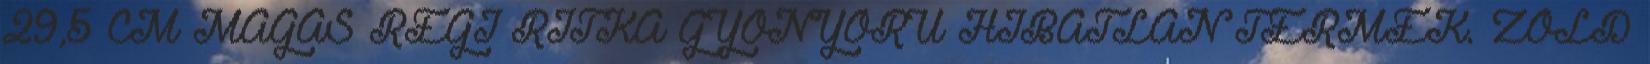
29,5 CM MAGAS RÉGI RITKA GYÖNYÖRÜ HIBÁTLAN TERMÉK. ZÖLD